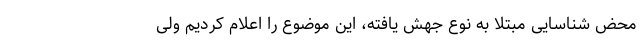
محض شناسایی مبتلا به نوع جهش یافته، این موضوع را اعلام کردیم ولی